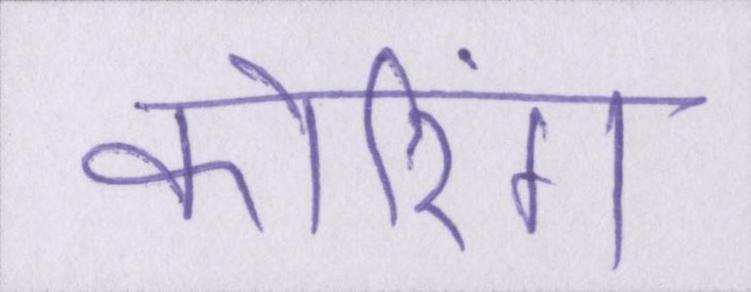
कोरिंग